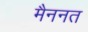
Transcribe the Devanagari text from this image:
मैननत